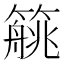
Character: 𱸥